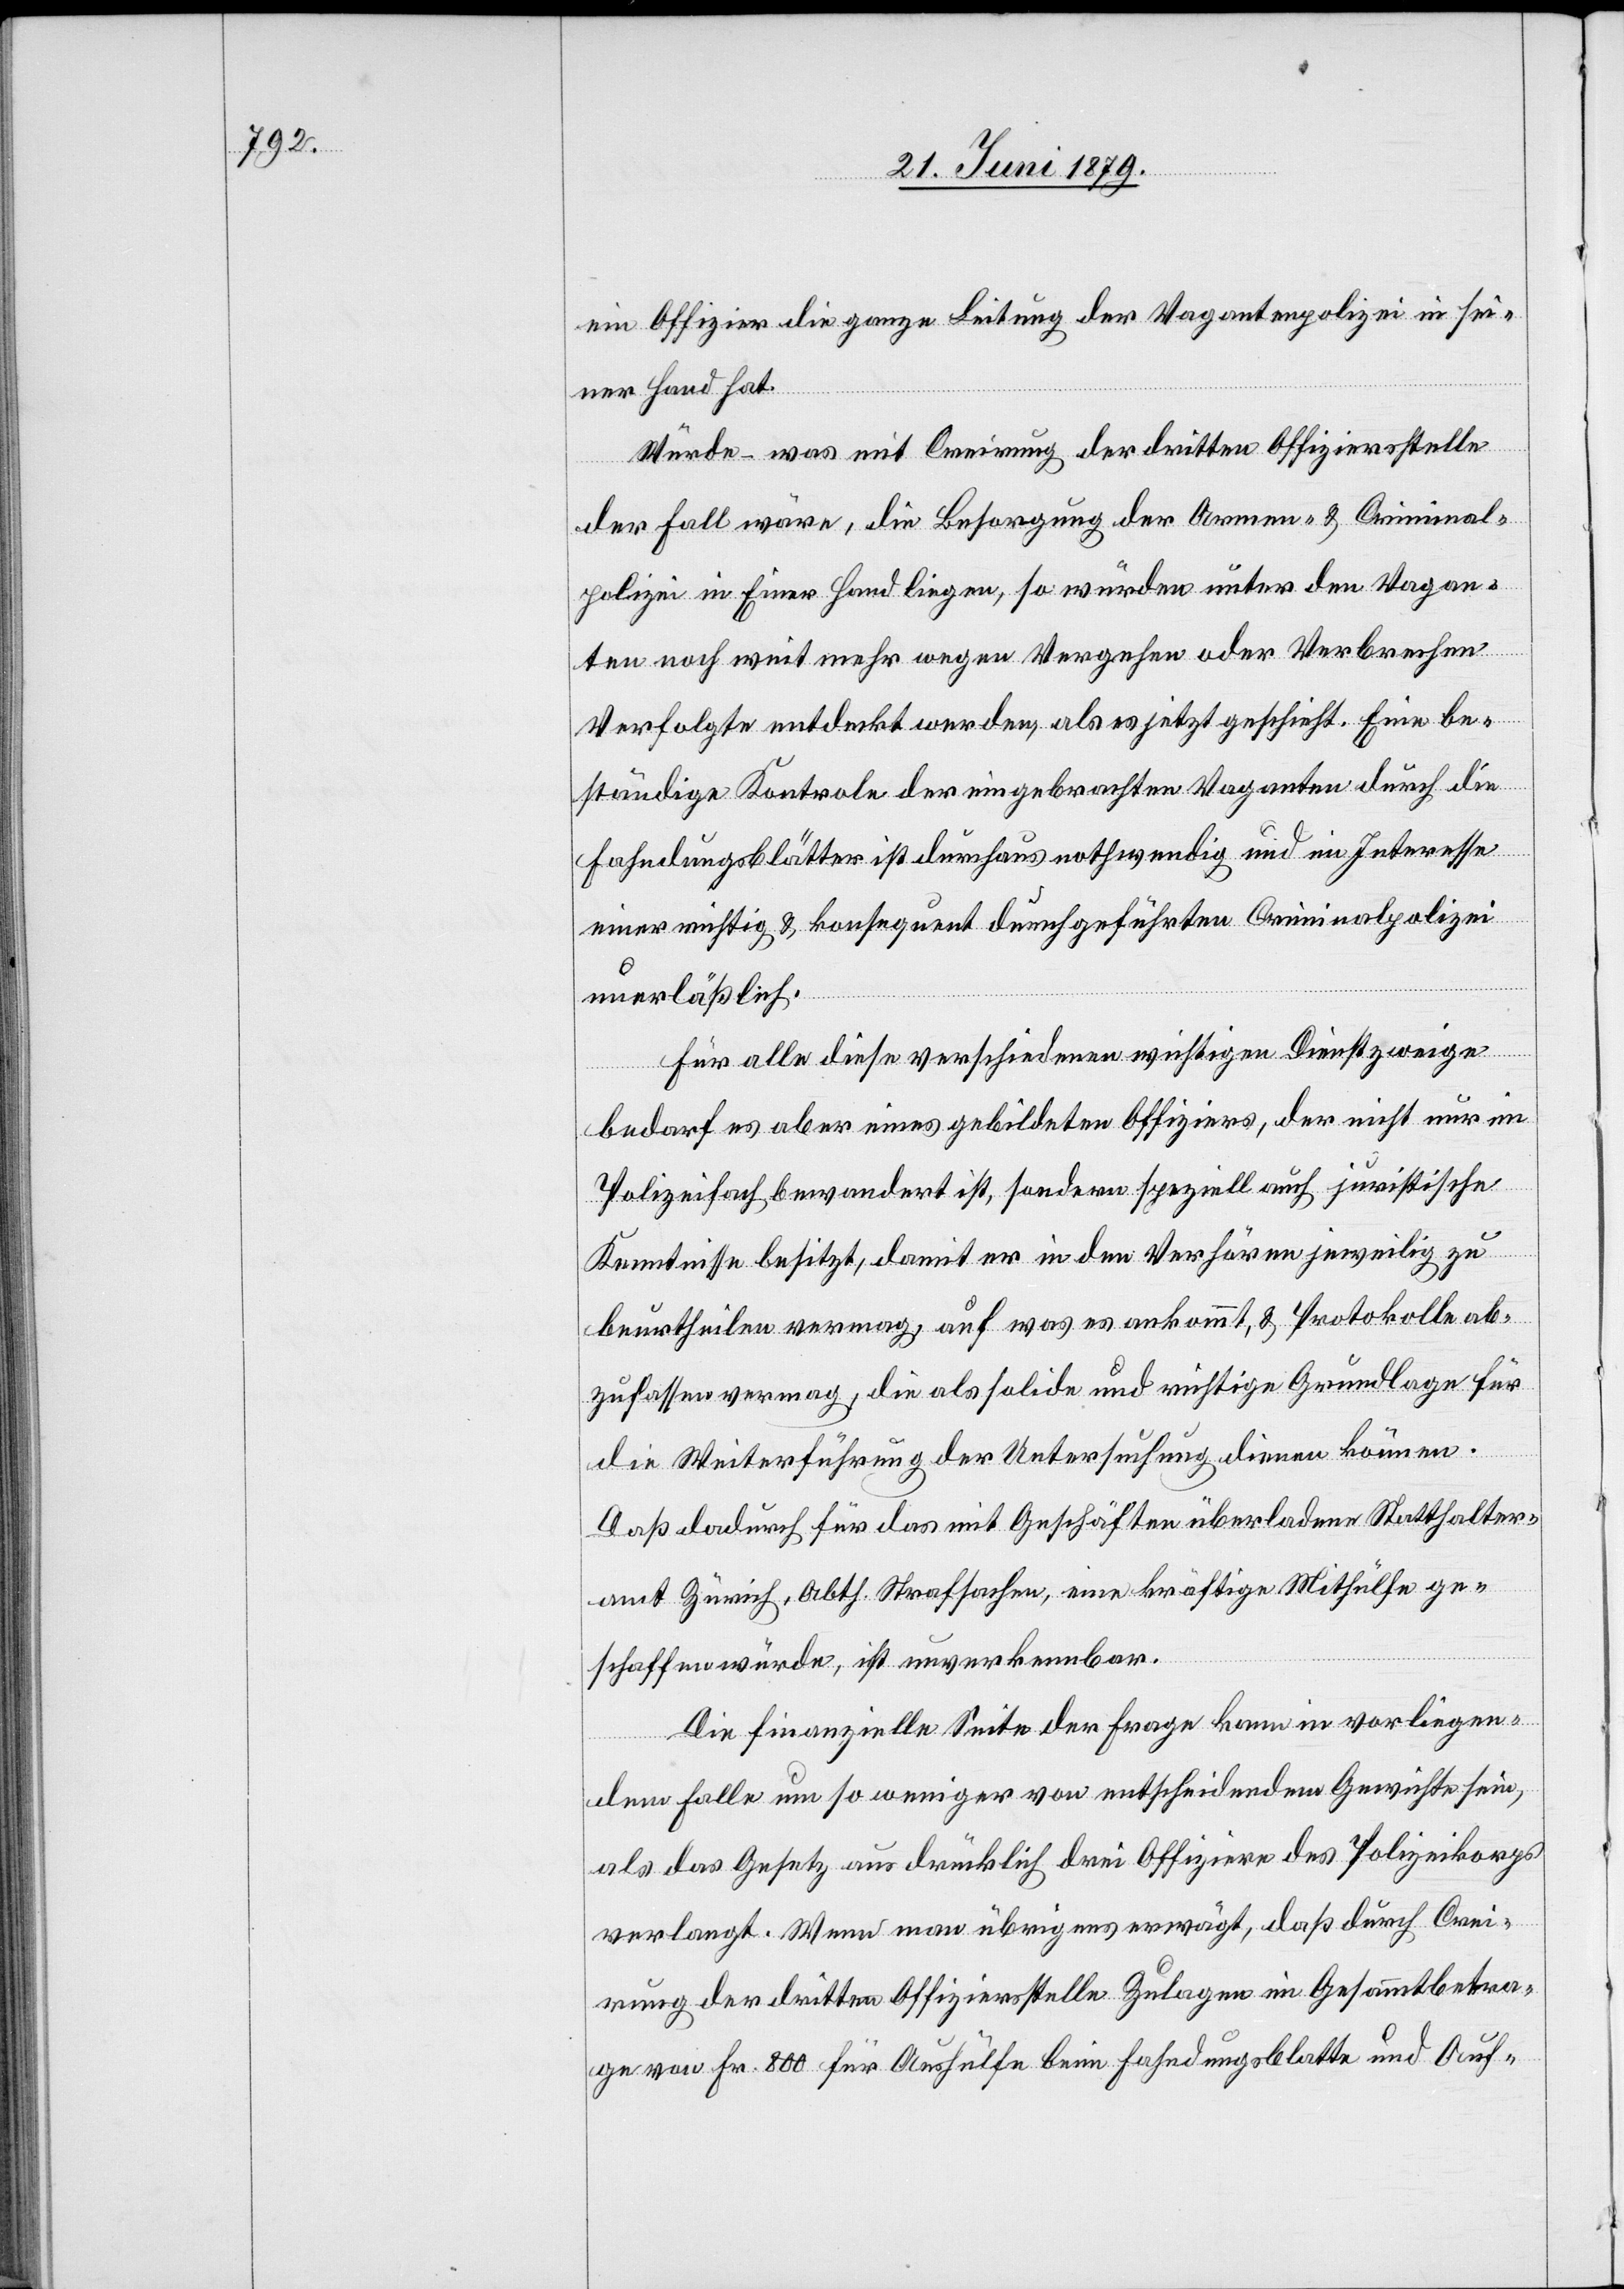
ein Offizier die ganze Leitung der Vagantenpolizei in sei¬
ner Hand hat.
Würde – was mit Creirung der dritten Offiziersstelle
der Fall wäre, die Besorgung der Armen- & Criminal¬
polizei in Einer [sic!] Hand liegen, so würden unter den Vagan¬
ten noch weit mehr wegen Vergehen oder Verbrechen
Verfolgte entdeckt werden, als es jetzt geschieht. Eine be¬
ständige Kontrole der eingebrachten Vaganten durch die
Fahndungsblätter ist durchaus nothwendig und im Interesse
einer richtig & konsequent durchgeführten Criminalpolizei
unerläßlich.
Für alle diese verschiedenen wichtigen Dienstzweige
bedarf es aber eines gebildeten Offiziers, der nicht nur im
Polizeifach bewandert ist, sondern speziell auch juristische
Kenntnisse besitzt, damit er in den Verhören jeweilig zu
beurtheilen vermag, auf was es ankommt, & Protokolle ab¬
zufassen vermag, die als solide und richtige Grundlage für
die Weiterführung der Untersuchung dienen können.
Daß dadurch für das mit Geschäften überladene Statthalter¬
amt Zürich, Abth. Strafsachen, eine kräftige Mithülfe ge¬
schaffen würde, ist unverkennbar.
Die finanzielle Seite der Frage kann in vorliegen¬
dem Falle um so weniger von entscheidendem Gewichte sein,
als das Gesetz ausdrücklich drei Offiziere des Polizeikorps
verlangt. Wenn man übrigens erwägt, daß durch Crei¬
rung der dritten Offiziersstelle Zulagen im Gesammtbetra¬
ge von Fr. 800 für Aushülfe beim Fahndungsblatte und Auf-